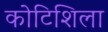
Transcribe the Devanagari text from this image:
कोटिशिला